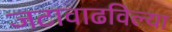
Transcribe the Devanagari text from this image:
जटावाढविल्या